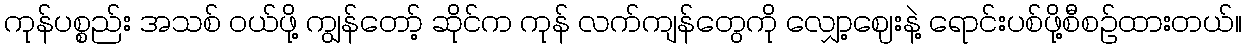
ကုန်ပစ္စည်း အသစ် ဝယ်ဖို့ ကျွန်တော့် ဆိုင်က ကုန် လက်ကျန်တွေကို လျှော့ဈေးနဲ့ ရောင်းပစ်ဖို့စီစဉ်ထားတယ်။